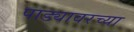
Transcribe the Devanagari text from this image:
पाड्यावरच्या